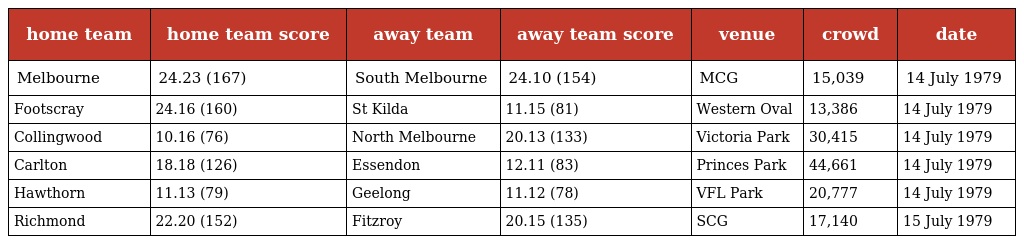
| home team | home team score | away team | away team score | venue | crowd | date |
 | --- | --- | --- | --- | --- | --- | --- |
 | Melbourne | 24.23 (167) | South Melbourne | 24.10 (154) | MCG | 15,039 | 14 July 1979 |
 | Footscray | 24.16 (160) | St Kilda | 11.15 (81) | Western Oval | 13,386 | 14 July 1979 |
 | Collingwood | 10.16 (76) | North Melbourne | 20.13 (133) | Victoria Park | 30,415 | 14 July 1979 |
 | Carlton | 18.18 (126) | Essendon | 12.11 (83) | Princes Park | 44,661 | 14 July 1979 |
 | Hawthorn | 11.13 (79) | Geelong | 11.12 (78) | VFL Park | 20,777 | 14 July 1979 |
 | Richmond | 22.20 (152) | Fitzroy | 20.15 (135) | SCG | 17,140 | 15 July 1979 |